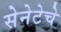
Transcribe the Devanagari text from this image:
सेनेटेचे